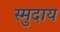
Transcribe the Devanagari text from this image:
स्मुदाय